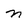
Character: n